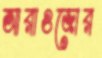
আরাওজোর